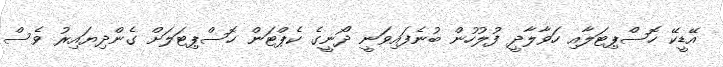
އޭޑީކޭ ހޮސްޕިޓަލާއި ހަވާލާދީ ފުލުހުން ބުނެފައިވަނީ ދޯނީގެ ކެޕްޓަން ހޮސްޕިޓަލަށް ގެންދިޔައިރު ވެސް